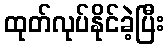
ထုတ်လုပ်နိုင်ခဲ့ပြီး